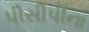
પીસીપીના